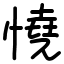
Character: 憢